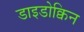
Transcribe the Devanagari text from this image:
डाइडोक्विन